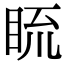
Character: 𥆆